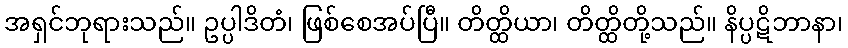
အရှင်ဘုရားသည်။ ဥပ္ပါဒိတံ၊ ဖြစ်စေအပ်ပြီ။ တိတ္ထိယာ၊ တိတ္ထိတို့သည်။ နိပ္ပဋိဘာနာ၊